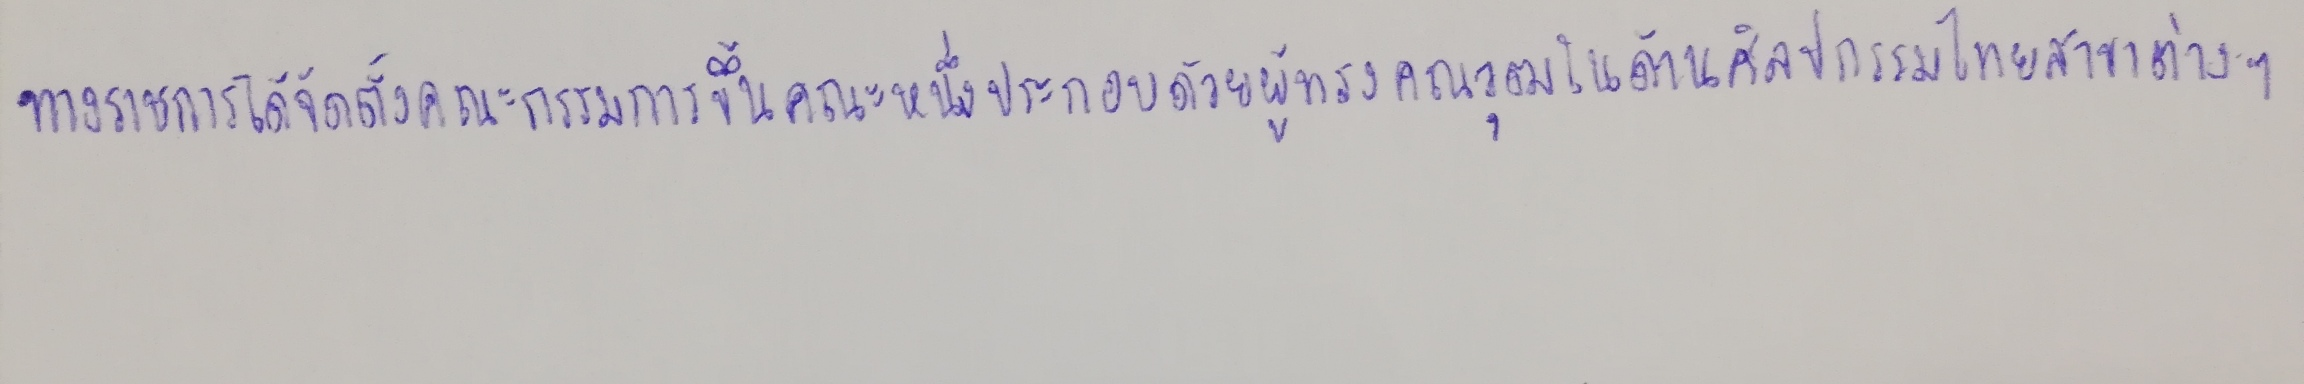
ทางราชการได้จัดตั้งคณะกรรมการขึ้นคณะหนึ่งประกอบด้วยผู้ทรงคุณวุฒิในด้านศิลปกรรมไทยสาขาต่างๆ